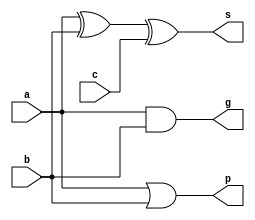
`timescale 1ns / 1ps
//////////////////////////////////////////////////////////////////////////////////
// Company: Northwestern Polytechnical University
// 
// Design Name: ALU implementation
// Module Name: full_adder
// Project Name: ALU Design for Digital Logic and Verilog
// Target Devices: xc7a35tftg256-3
// Tool Versions: Vivado 2018.3
// Description: 
// 
// Dependencies: 
// None.
// Revision:
// Revision 0.01 - File Created
// Additional Comments:
// 
//////////////////////////////////////////////////////////////////////////////////


module full_adder(a,b,c,s,p,g);
    input a,b,c;
    output s,p,g;
    assign g=a&b;
    assign p=a|b;
    assign s=(a^b)^c;
endmodule